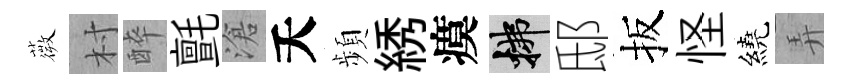
薇村醉氈滄夭頻綉瘼拂邸扳怪繞弄